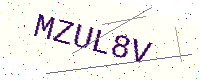
Text: MZUL8V